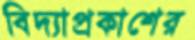
বিদ্যাপ্রকাশের